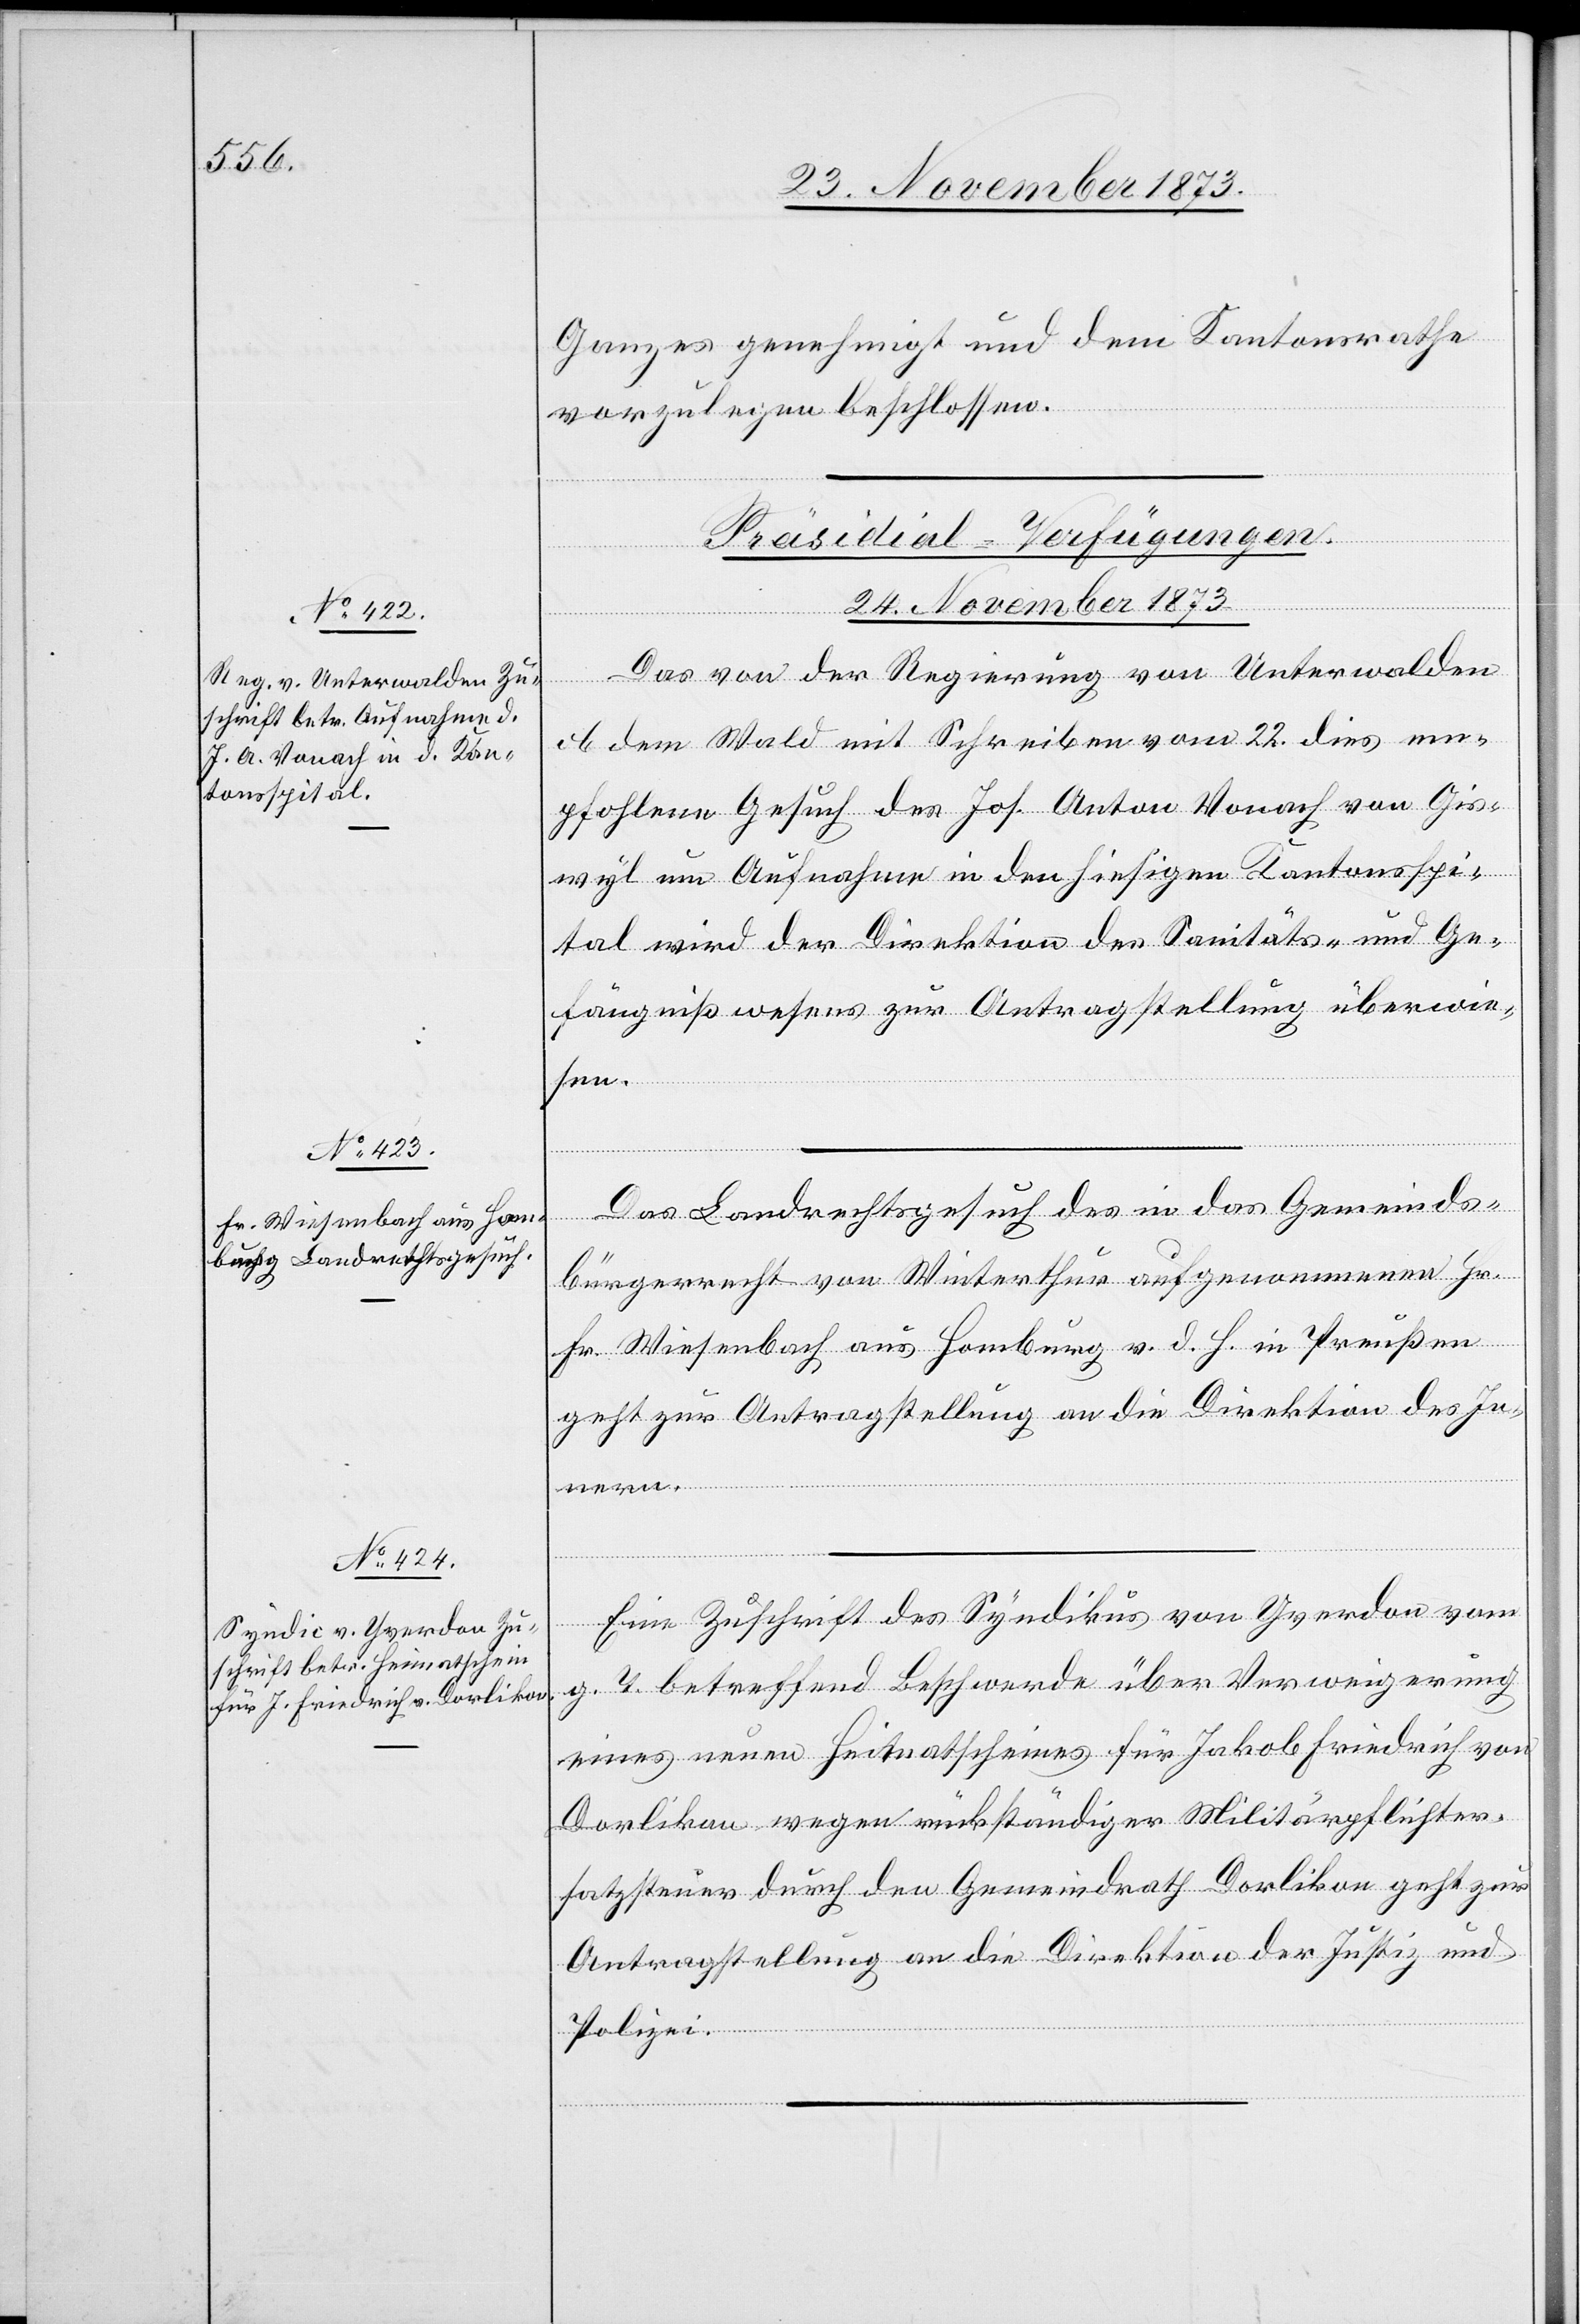
Ganzes genehmigt und dem Kantonsrathe
vorzulegen beschlossen.
[Präsidial-Verfügungen.
24. November 1873.]
Das von der Regierung von Unterwalden
ob dem Wald mit Schreiben vom 22. dies em¬
pfohlene Gesuch des Jos. Anton Vonach von Gis¬
wyl um Aufnahme in den hiesigen Kantonsspi¬
tal wird der Direktion des Sanitäts- und Ge¬
fängnißwesens zur Antragstellung überwie¬
sen.
Das Landrechtsgesuch des in das Gemeinds¬
bürgerrecht von Winterthur aufgenommenen Hr.
Fr. Wiesenbach aus Homburg v. d. H. in Preußen
geht zur Antragstellung an die Direktion des In¬
Eine Zuschrift des Syndikus von Yverdon vom
g. T. betreffend Beschwerde über Verweigerung
eines neuen Heimatscheines für Jakob Friedrich von
Dorlikon wegen rückständiger Militärpflichter¬
satzsteuer durch den Gemeindrath Dorlikon geht zur
Antragstellung an die Direktion der Justiz und
Polizei.
nern.